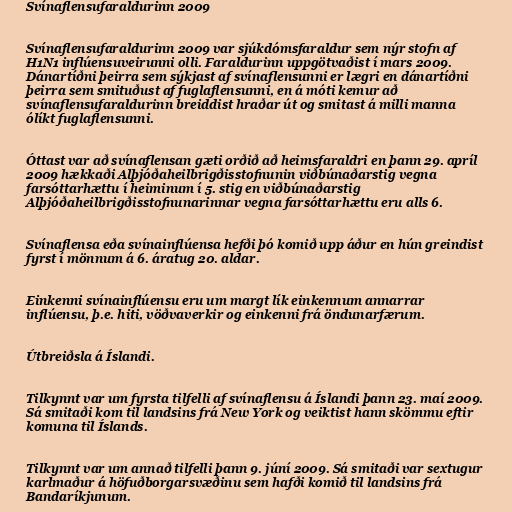
Svínaflensufaraldurinn 2009

Svínaflensufaraldurinn 2009 var sjúkdómsfaraldur sem nýr stofn af
H1N1 inflúensuveirunni olli. Faraldurinn uppgötvaðist í mars 2009.
Dánartíðni þeirra sem sýkjast af svínaflensunni er lægri en dánartíðni
þeirra sem smituðust af fuglaflensunni, en á móti kemur að
svínaflensufaraldurinn breiddist hraðar út og smitast á milli manna
ólíkt fuglaflensunni.

Óttast var að svínaflensan gæti orðið að heimsfaraldri en þann 29. apríl
2009 hækkaði Alþjóðaheilbrigðisstofnunin viðbúnaðarstig vegna
farsóttarhættu í heiminum í 5. stig en viðbúnaðarstig
Alþjóðaheilbrigðisstofnunarinnar vegna farsóttarhættu eru alls 6.

Svínaflensa eða svínainflúensa hefði þó komið upp áður en hún greindist
fyrst í mönnum á 6. áratug 20. aldar.

Einkenni svínainflúensu eru um margt lík einkennum annarrar
inflúensu, þ.e. hiti, vöðvaverkir og einkenni frá öndunarfærum.

Útbreiðsla á Íslandi.

Tilkynnt var um fyrsta tilfelli af svínaflensu á Íslandi þann 23. maí 2009.
Sá smitaði kom til landsins frá New York og veiktist hann skömmu eftir
komuna til Íslands.

Tilkynnt var um annað tilfelli þann 9. júní 2009. Sá smitaði var sextugur
karlmaður á höfuðborgarsvæðinu sem hafði komið til landsins frá
Bandaríkjunum.